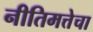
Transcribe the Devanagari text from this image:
नीतिमत्तेचा